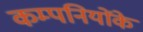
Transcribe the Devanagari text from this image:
कम्पनियोंके